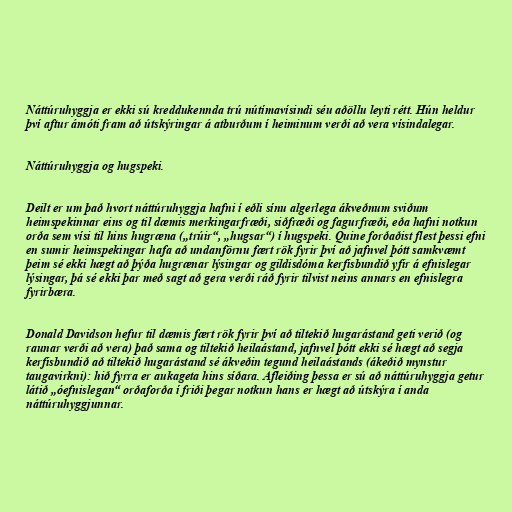
Náttúruhyggja er ekki sú kreddukennda trú nútímavísindi séu aðöllu leyti rétt. Hún heldur
því aftur ámóti fram að útskýringar á atburðum í heiminum verði að vera vísindalegar.

Náttúruhyggja og hugspeki.

Deilt er um það hvort náttúruhyggja hafni í eðli sínu algerlega ákveðnum sviðum
heimspekinnar eins og til dæmis merkingarfræði, siðfræði og fagurfræði, eða hafni notkun
orða sem vísi til hins hugræna („trúir“, „hugsar“) í hugspeki. Quine forðaðist flest þessi efni
en sumir heimspekingar hafa að undanförnu fært rök fyrir því að jafnvel þótt samkvæmt
þeim sé ekki hægt að þýða hugrænar lýsingar og gildisdóma kerfisbundið yfir á efnislegar
lýsingar, þá sé ekki þar með sagt að gera verði ráð fyrir tilvist neins annars en efnislegra
fyrirbæra.

Donald Davidson hefur til dæmis fært rök fyrir því að tiltekið hugarástand geti verið (og
raunar verði að vera) það sama og tiltekið heilaástand, jafnvel þótt ekki sé hægt að segja
kerfisbundið að tiltekið hugarástand sé ákveðin tegund heilaástands (ákeðið mynstur
taugavirkni): hið fyrra er aukageta hins síðara. Afleiðing þessa er sú að náttúruhyggja getur
látið „óefnislegan“ orðaforða í friði þegar notkun hans er hægt að útskýra í anda
náttúruhyggjunnar.